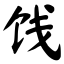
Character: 饯